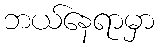
ဘယ်နေရာမှာ